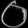
Digit: ၀